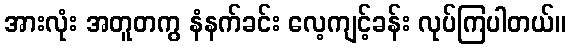
အားလုံး အတူတကွ နံနက်ခင်း လေ့ကျင့်ခန်း လုပ်ကြပါတယ်။